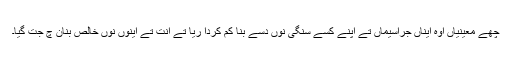
چھے معینیاں اوہ ایناں جراسیماں تے اپنے کسے سنگی نوں دسے بنا کم کردا ریا تے انت تے اینوں نوں خالص بنان چ جت گیا۔